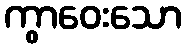
ကွာဝေးသော